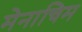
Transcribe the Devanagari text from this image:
मेनाचिम